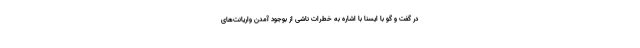
در گفت و گو با ایسنا با اشاره به خطرات ناشی از بوجود آمدن واریانت‌های